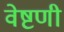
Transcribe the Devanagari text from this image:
वेष्टणी